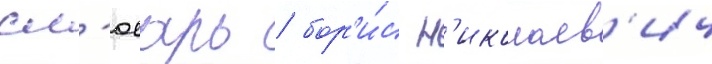
сл'юсарь / бор'и́с н'иколаев'ич